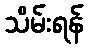
သိမ်းရန်